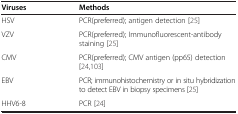
<table><thead><tr><td><b>Viruses</b></td><td><b>Methods</b></td></tr></thead><tbody><tr><td>HSV</td><td>PCR(preferred); antigen detection [25]</td></tr><tr><td>VZV</td><td>PCR(preferred); Immunofluorescent-antibody staining [25]</td></tr><tr><td>CMV</td><td>PCR(preferred); CMV antigen (pp65) detection [24,103]</td></tr><tr><td>EBV</td><td>PCR; immunohistochemistry or in situ hybridization to detect EBV in biopsy specimens [25]</td></tr><tr><td>HHV6-8</td><td>PCR [24]</td></tr></tbody></table>